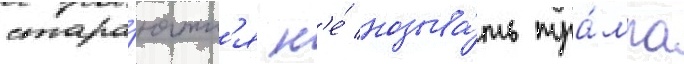
стара́ютс'я н'е́ называ́ть тра́мпа